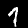
Label: 1